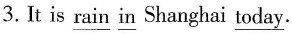
3.It is \underline{rain} \underline{in} Shanghai \underline{today}.